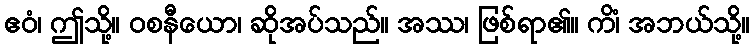
ဧဝံ၊ ဤသို့။ ဝစနီယော၊ ဆိုအပ်သည်။ အဿ၊ ဖြစ်ရာ၏။ ကိံ၊ အဘယ်သို့။